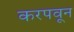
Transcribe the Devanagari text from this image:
करपवून